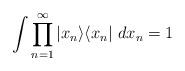
LaTeX: \begin{align*}\int \prod_{n=1}^{\infty}|x_n\rangle \langle x_n |~dx_n=1\end{align*}